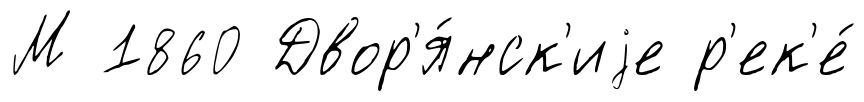
М 1860 Двор'я́нск'иjе р'ек'е́